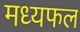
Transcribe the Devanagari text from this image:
मध्यफल